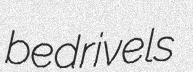
bedrivels